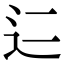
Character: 𬨜